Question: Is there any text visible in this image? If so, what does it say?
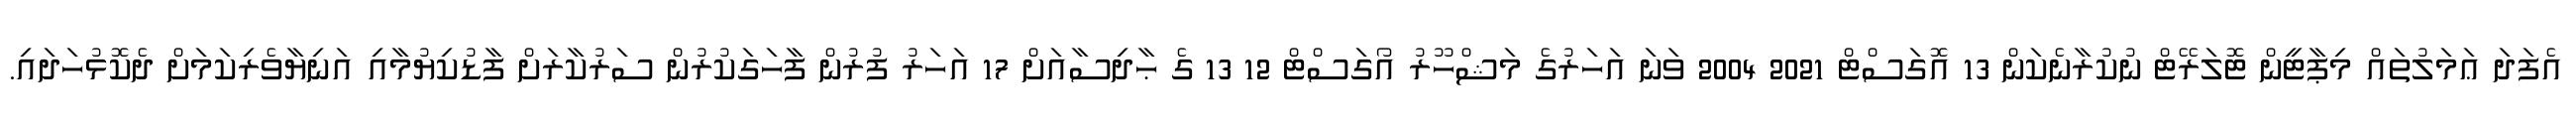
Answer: އެފަދަ ޢަމަލުތައް މިޕާޓީން ޓޮލަރޭޓް ނުކުރާނެކަން 13 އޮގަސްޓް 2021 2004 ވަނަ އަހަރުގެ މަޝްހޫރު އޯގަސްޓް 12 13 ގެ ޙާދިސާއަށް 17 އަހަރު ފުރުން ފާހަގަކުރުން ސަރުކާރަށް ފާޑުކިޔުމާއި އަނިޔާވެރިކަމަށް ދެކޮޅުހަދައި.